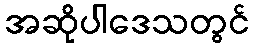
အဆိုပါဒေသတွင်